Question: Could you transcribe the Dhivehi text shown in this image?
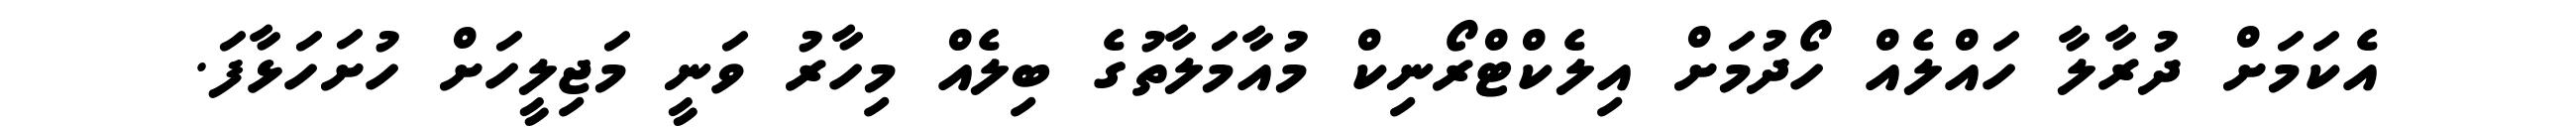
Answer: އެކަމަށް ދުރާލާ ހައްލެއް ހޯދުމަށް އިލެކްޓްރޯނިކް މުއާމަލާތުގެ ބިލެއް މިހާރު ވަނީ މަޖިލީހަށް ހުށަހަޅާފަ.